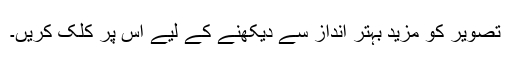
تصویر کو مزید بہتر انداز سے دیکھنے کے لیے اس پر کلک کریں۔